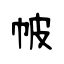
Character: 帔